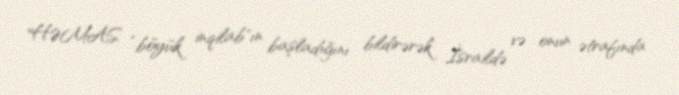
HƏMAS “böyük inqilab"ın başladığını bildirərək İsraildə və onun ətrafında